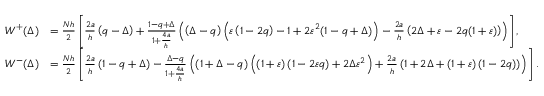
\begin{array} { r l } { W ^ { + } ( \Delta ) } & { = \frac { N h } { 2 } \left[ \frac { 2 a } { h } \left( q - \Delta \right) + \frac { 1 - q + \Delta } { 1 + \frac { 4 a } { h } } \left( \left( \Delta - q \right) \left( \varepsilon \left( 1 - 2 q \right) - 1 + 2 \varepsilon ^ { 2 } ( 1 - q + \Delta ) \right) - \frac { 2 a } { h } \left( 2 \Delta + \varepsilon - 2 q ( 1 + \varepsilon ) \right) \right) \right] , } \\ { W ^ { - } ( \Delta ) } & { = \frac { N h } { 2 } \left[ \frac { 2 a } { h } \left( 1 - q + \Delta \right) - \frac { \Delta - q } { 1 + \frac { 4 a } { h } } \left( \left( 1 + \Delta - q \right) \left( \left( 1 + \varepsilon \right) \left( 1 - 2 \varepsilon q \right) + 2 \Delta \varepsilon ^ { 2 } \right) + \frac { 2 a } { h } \left( 1 + 2 \Delta + \left( 1 + \varepsilon \right) \left( 1 - 2 q \right) \right) \right) \right] . } \end{array}